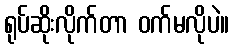
ရုပ်ဆိုးလိုက်တာ ဝက်မလိုပဲ။